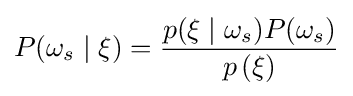
P(\omega _{s}\mid \xi )={\frac {p(\xi \mid \omega _{s})P(\omega _{s})}{p\left(\xi \right)}}